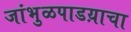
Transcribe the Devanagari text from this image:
जांभुळपाडय़ाचा